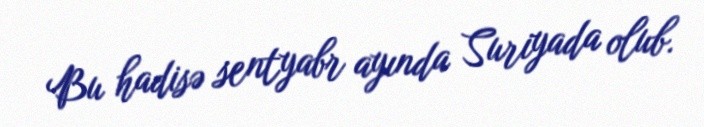
Bu hadisə sentyabr ayında Suriyada olub.